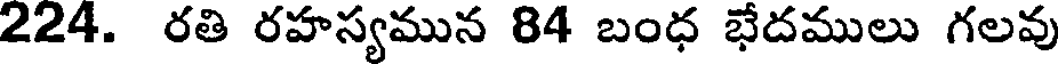
224. రతి రహస్యమున 84 బంధ భేదములు గలవు